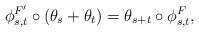
LaTeX: \begin{align*}\phi^{F'}_{s,t} \circ (\theta_s + \theta_t) = \theta_{s+t} \circ \phi^F_{s,t},\end{align*}